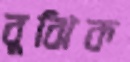
বুঝিক